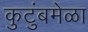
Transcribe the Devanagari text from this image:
कुटुंबमेळा